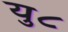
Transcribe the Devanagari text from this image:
यु८